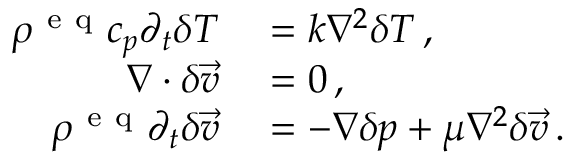
\begin{array} { r l } { \rho ^ { \mathrm { ~ e ~ q ~ } } c _ { p } \partial _ { t } \delta T } & { { } = k \nabla ^ { 2 } \delta T \, , } \\ { \nabla \cdot \delta \vec { v } } & { { } = 0 \, , } \\ { \rho ^ { \mathrm { ~ e ~ q ~ } } \partial _ { t } \delta \vec { v } } & { { } = - \nabla \delta p + \mu \nabla ^ { 2 } \delta \vec { v } \, . } \end{array}